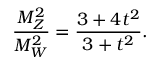
\frac { M _ { Z } ^ { 2 } } { M _ { W } ^ { 2 } } = \frac { 3 + 4 t ^ { 2 } } { 3 + t ^ { 2 } } .